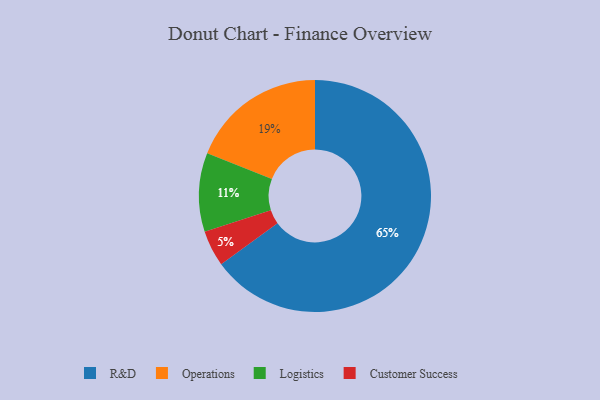
{"axis": {"x": "Category", "y": "Percentage"}, "legend": ["Customer Success", "Logistics", "Operations", "R&D"], "data": [{"x": "Logistics", "y": 11, "type": "Logistics"}, {"x": "R&D", "y": 65, "type": "R&D"}, {"x": "Operations", "y": 19, "type": "Operations"}, {"x": "Customer Success", "y": 5, "type": "Customer Success"}]}